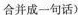
合成一句话）